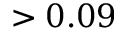
> 0 . 0 9